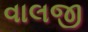
વાલજી